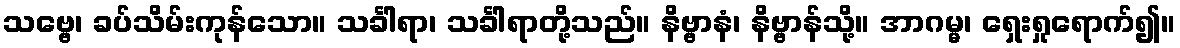
သဗ္ဗေ၊ ခပ်သိမ်းကုန်သော။ သင်္ခါရာ၊ သင်္ခါရာတို့သည်။ နိဗ္ဗာနံ၊ နိဗ္ဗာန်သို့။ အာဂမ္မ၊ ရှေးရှုရောက်၍။